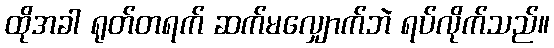
ထိုအခါ ရုတ်တရက် ဆက်မလျှောက်ဘဲ ရပ်လိုက်သည်။